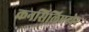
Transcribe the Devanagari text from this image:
कनसिलिएटोर